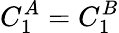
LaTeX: C_{1}^{A}=C_{1}^{B}